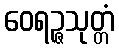
ဝေရဉ္ဇသုတ္တံ